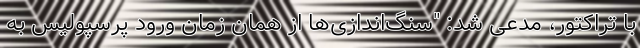
با تراکتور، مدعی شد:‌ "سنگ‌اندازی‌ها از همان زمان ورود پرسپولیس به